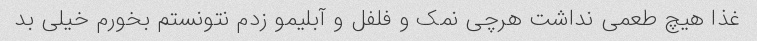
غذا هیچ طعمی نداشت هرچی نمک و فلفل و آبلیمو زدم نتونستم بخورم خیلی بد